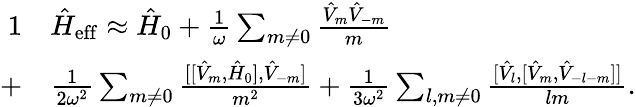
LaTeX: \begin{array}{rl}{{1}}&{{}\hat{H}_{\mathrm{eff}}\approx\hat{H}_{0}+\frac{1}{\omega}\sum_{m\neq 0}\frac{\hat{V}_{m}\hat{V}_{-m}}{m}}\\ {+}&{{}\frac{1}{2\omega^{2}}\sum_{m\neq 0}\frac{[[\hat{V}_{m},\hat{H}_{0}],\hat{V}_{-m}]}{m^{2}}+\frac{1}{3\omega^{2}}\sum_{l,m\neq 0}\frac{[\hat{V}_{l},[\hat{V}_{m},\hat{V}_{-l-m}]]}{lm}.}\end{array}